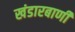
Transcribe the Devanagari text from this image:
खंडारबाणी